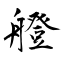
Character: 艠